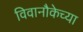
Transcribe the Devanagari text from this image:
विवानौकेच्या